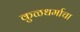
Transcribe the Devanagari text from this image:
कुळधर्माचा